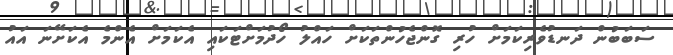
ސަބަބުން ދަނޑުވެރިކަމަށް ހުރި ގޮންޖެހުންތަކަށް ހައްލު ހޯދުމަށްޓަކައި އެކަމަށް އެންމެ އެކަށޭނަ އައު